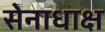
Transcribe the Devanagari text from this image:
सेनाधाक्ष